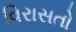
વિરાસતો